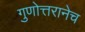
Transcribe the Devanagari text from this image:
गुणोत्तरानेच